Report on sanitation, dispensaries, and jails in Rajputana for 1921, and on vaccination for the year 1921-1922 - 1921-1922
Year: 1921
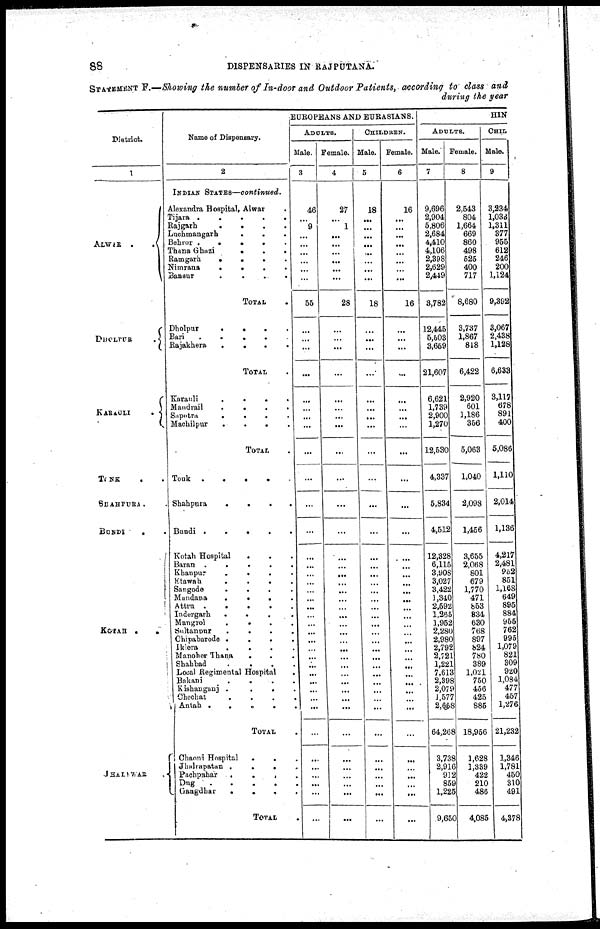
88
DISPENSARIES IN RAJPUTANA.
STATEMENT F.—Showing the number of In-door and Outdoor Patients, according to class and
during the year
District.
1
ALWAR ..
DHOLPUR
.
KARAULI
.
TONK
..
SHAHPURA .
BUNDI
..
KOTAH
..
JHALAWAR.
Name of Dispensary.
2
INDIAN STATES—continued.
Alexandra Hospital, Alwar .
Tijara
.
.
.
.
.
Rajgarh
.....
Luchmangarh
.
.
.
Behror
...
Thana Ghazi
...
Ramgarh
...
Nimrana
...
Bansur
....
TOTAL .
Dholpur
....
Bari
....
Rajakhera
.
.
.
.
TOTAL .
Karauli
.
.
.
.
Mandrail
.
.
.
.
Sapotra
.
.
.
.
Machilpur
...
TOTAL .
Tonk
....
Shahpura
.
.
.
.
Bundi
.....
Kotah Hospital
...
Baran
.
.
.
.
.
Khanpur
....
Etawah
.
.
.
.
Sangode
.
.
.
.
Mundana
...
Attru
...
Indergarh
.
.
.
.
Mangrol
...
Sultan pur
.
.
.
.
Chipabarode
.
.
.
.
Iklera
....
Manoher Thana
...
Shahbad
.
.
.
.
Local Regimental Hospital
.
Bakani
....
Kishanganj
....
Chechat
....
Antah
.....
TOTAL .
Chaoni Hospital
...
Jhalrapatan
...
Pachpahar
...
Dug
Gangdhar
....
TOTAL .
EUROPEANS AND EURASIANS.
ADULTS.
Male.
3
46
...
9
...
...
...
...
...
...
55
...
...
...
...
...
...
...
...
...
...
...
...
...
...
...
...
...
...
...
...
...
...
...
...
...
...
...
...
...
...
...
...
...
...
...
...
...
...
Female.
4
27
...
1
...
...
...
...
...
...
28
...
...
...
...
...
...
...
...
...
...
...
...
...
...
...
...
...
...
...
...
...
...
...
...
...
...
...
...
...
...
...
...
...
...
...
...
...
...
CHILDREN.
Male.
5
18
...
...
...
...
...
...
...
...
18
...
...
...
...
...
...
...
...
...
...
...
...
...
...
...
...
...
...
...
...
...
...
...
...
...
...
...
...
...
...
...
...
...
...
...
...
...
...
Female.
6
16
...
...
...
...
...
...
...
...
16
...
...
...
...
...
...
...
...
...
...
...
...
...
...
...
...
...
...
...
...
...
...
...
...
...
...
...
...
...
...
...
...
...
...
...
...
...
...
HIN
ADULTS.
Male.
7
9,696
2,904
5,806
2,684
4,410
4,106
2,398
2,629
2,449
3,782
12,445
5,503
3,659
21,607
6,621
1,739
2,900
1,270
12,530
4,337
5,834
4,512
12,328
6,115
3,908
3,027
3,422
1,340
2,592
1,265
1,952
2,280
2,980
2,792
2,721
1,221
7,613
2,398
2,079
1,577
2,658
64,268
3,738
2,916
912
859
1,225
9,650
Female.
8
2,543
804
1,664
669
860
498
525
400
717
8,680
3,737
1,867
818
6,422
2,920
601
1,186
356
5,063
1,040
2,098
1,456
3,655
2,068
801
679
1,770
471
853
834
630
768
897
824
780
389
1,021
750
456
425
885
18,956
1,628
1,339
422
210
486
4,085
CHIL
Male.
9
3,234
l,033
1,311
377
955
612
246
200
1,124
9,392
3,067
2,438
1,128
6,633
3,117
678
891
400
5,086
1,110
2,014
1,136
4,217
2,481
952
851
1,168
649
895
884
955
762
995
1,079
821
309
920
1,084
477
457
1,276
21,232
1,346
1,781
450
310
491
4,378